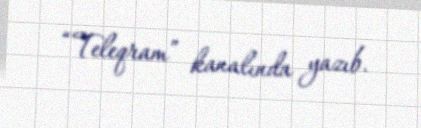
“Teleqram” kanalında yazıb.